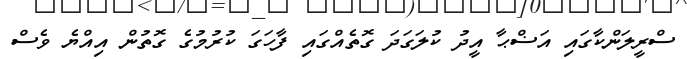
ސްރީލަންކާގައި އަޟްޙާ އީދު ކުލަގަދަ ގޮތެއްގައި ފާހަގަ ކުރުމުގެ ގޮތުން އިއްޔެ ވެސް